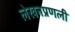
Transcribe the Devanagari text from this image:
लेखनप्रणली